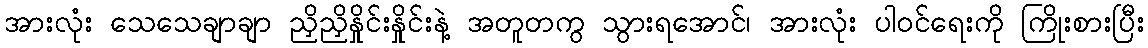
အားလုံး သေသေချာချာ ညှိညှိနှိုင်းနှိုင်းနဲ့ အတူတကွ သွားရအောင်၊ အားလုံး ပါဝင်ရေးကို ကြိုးစားပြီး